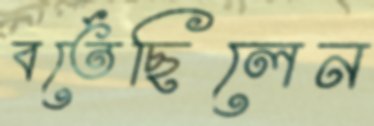
বর্তেছিলেন